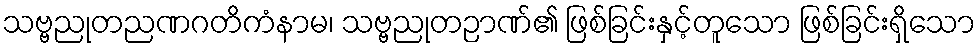
သဗ္ဗညုတညဏဂတိကံနာမ၊ သဗ္ဗညုတဉာဏ်၏ ဖြစ်ခြင်းနှင့်တူသော ဖြစ်ခြင်းရှိသော